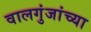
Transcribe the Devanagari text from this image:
वालगुंजांच्या